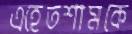
এহেতশামকে